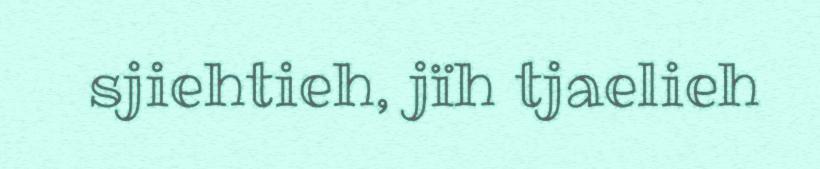
sjiehtieh, jïh tjaelieh